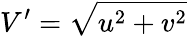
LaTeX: V^{\prime}=\sqrt{u^{2}+v^{2}}